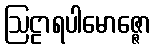
ဩဠာရပါမောဇ္ဇော